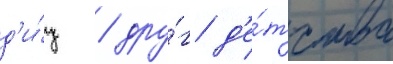
д'и́ц / дру́г д'е́тства